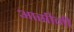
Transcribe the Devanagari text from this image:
आसीनी